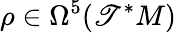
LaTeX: \rho\in\Omega^{5}(\mathscr{T}^{*}M)